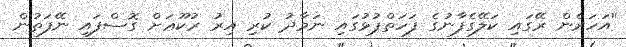
''އަހަރެން ރޭގައި ކަލޭގެފާނުގެ ފަހަތްޕުޅުގައި ނަމާދު ކުރި އިރު ރުކޫޢަށް ގޮސްފައި ނޭފަތުން